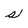
Character: s